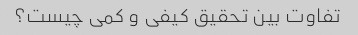
تفاوت بین تحقیق کیفی و کمی چیست؟